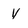
Character: y